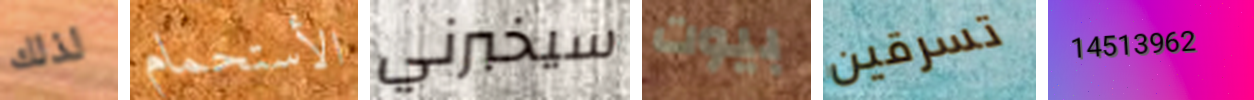
لذلك الأستحمام سيخبرني بيوت تسرقين 14513962